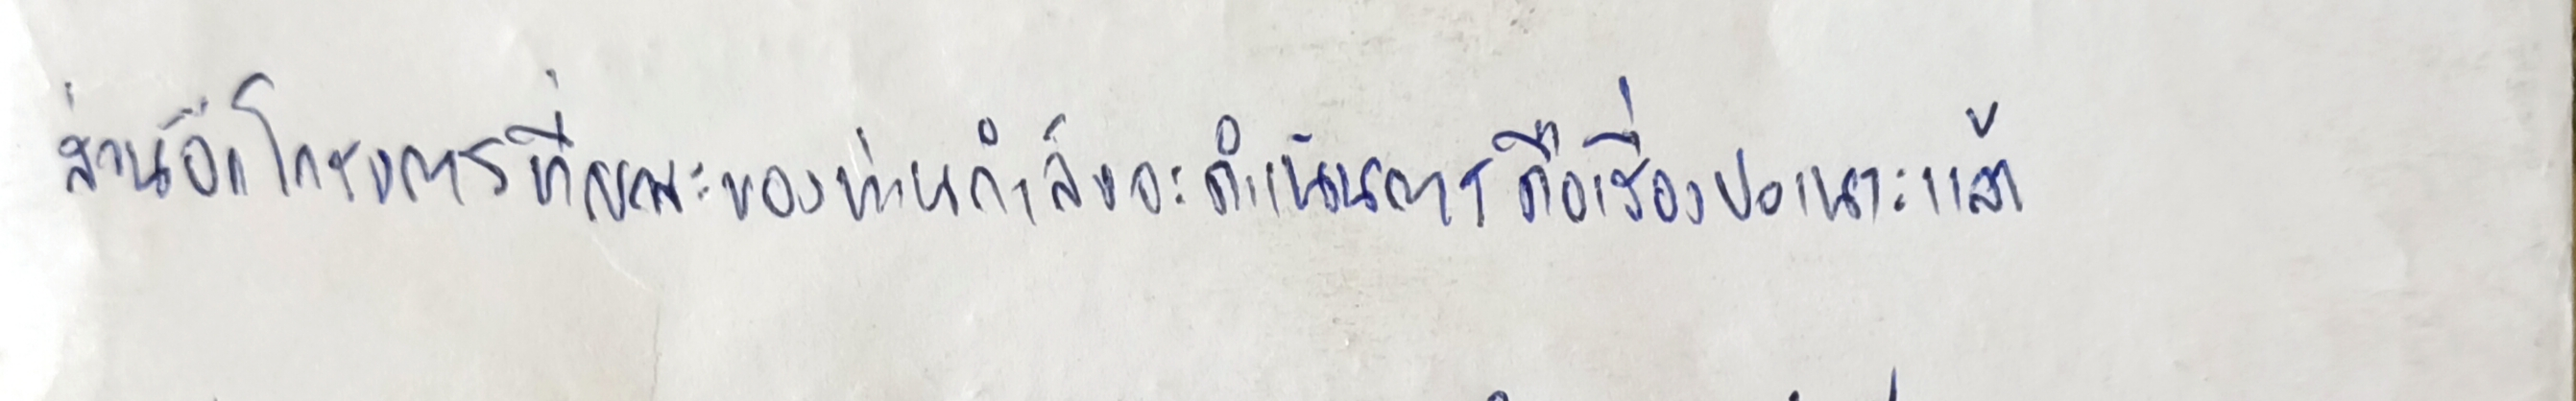
ส่วนอีกโครงการที่คณะของท่านกำลังจะดำเนินการคือเรื่องปอเนาะแล้ว